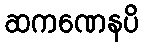
ဆကဏေနပိ